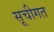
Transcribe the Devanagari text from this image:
सूचीगत